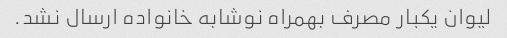
لیوان یکبار مصرف بهمراه نوشابه خانواده ارسال نشد.